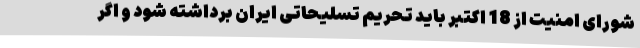
شورای امنیت از 18 اکتبر باید تحریم تسلیحاتی ایران برداشته شود و اگر